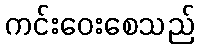
ကင်းဝေးစေသည်